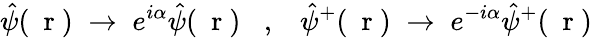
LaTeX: \hat{\psi}(\mathrm{~\mathbf~r~})\; \to\; e^{i\alpha}\hat{\psi}(\mathrm{~\mathbf~r~})\; \; \; ,\; \; \; \hat{\psi}^{+}(\mathrm{~\mathbf~r~})\; \to\; e^{-i\alpha}\hat{\psi}^{+}(\mathrm{~\mathbf~r~})